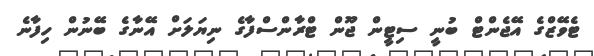
ޓެވޭޒްގެ އޭޖެންޓް ބުނީ ސިޓީން ޖޫން ޓްރާންސްފާގެ ނިޔަލަށް އޭނާގެ ބޭނުން ހިފާނެ